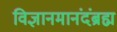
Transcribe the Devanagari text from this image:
विज्ञानमानंदंब्रह्म